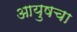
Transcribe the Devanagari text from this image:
आयुषचा